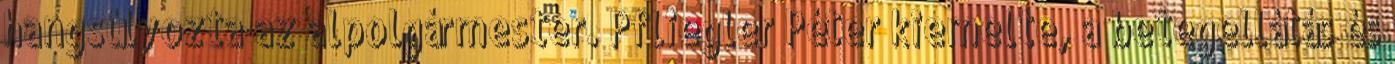
hangsúlyozta az al­polgármester. Pfliegler Péter kiemelte, a betegellátás és